Report of the Indian Hemp Drugs Commission, 1894-1895 - Volume V
Year: 1894
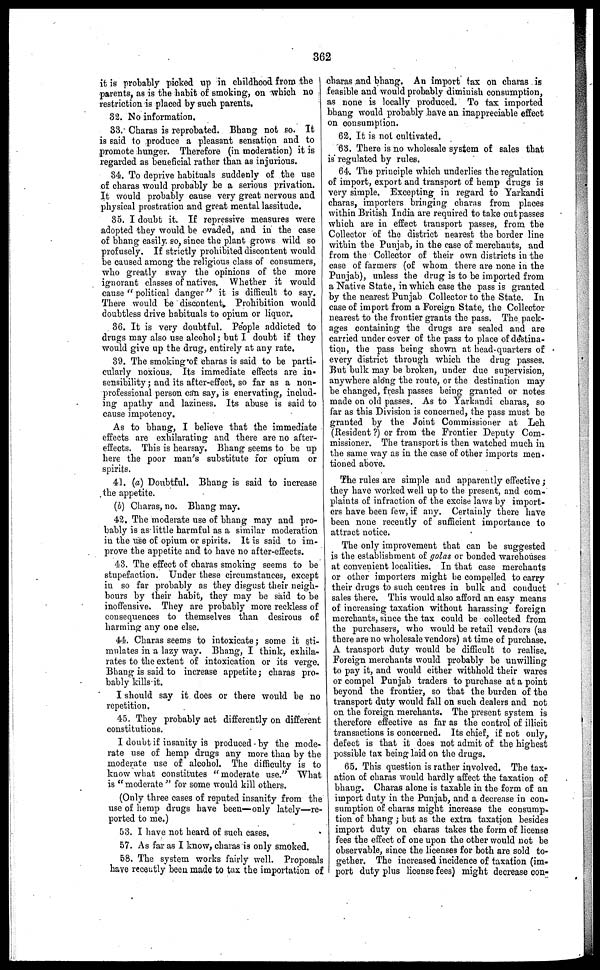
362
it is probably picked up in childhood from the I
parents, as is the habit of smoking, on which no
restriction is placed by such parents.
32. No information.
33. Charas is reprobated. Bhang not so. It
is said to produce a pleasant sensation and to
promote hunger. Therefore (in moderation) it is
regarded as beneficial rather than as injurious.
34. To deprive habituals suddenly of the use
of charas would probably be a serious privation.
It would probably cause very great nervous and
physical prostration and great mental lassitude.
35. I doubt it. If repressive measures were
adopted they would be evaded, and in the case
of bhang easily so, since the plant grows wild so
profusely. If strictly prohibited discontent would
be caused among the religious class of consumers,
who greatly sway the opinions of the more
ignorant classes of natives. Whether it would
cause "political danger" it is difficult to say.
There would be discontent. Prohibition would
doubtless drive habituals to opium or liquor.
36. It is very doubtful. People addicted to
drugs may also use alcohol ; but I doubt if they
would give up the drug, entirely at any rate.
39. The smoking of charas is said to be parti-
cularly noxious. Its immediate effects are in-
sensibility ; and its after-effect, so far as a non-
professional person can say, is enervating, includ-
ing apathy and laziness. Its abuse is said to
cause impotency.
As to bhang, I believe that the immediate
effects are exhilarating and there are no after-
effects. This is hearsay. Bhang seems to be up
here the poor man's substitute for opium or
spirits.
41. (a) Doubtful. Bhang is said to increase
the appetite.
(b) Charas, no. Bhang may.
42 . The moderate use of bhang may and pro-
bably is as little harmful as a similar moderation
in the use of opium or spirits. It is said to im-
prove the appetite and to have no after-effects.
43. The effect of charas smoking seems to be
stupefaction. Under these circumstances, except
in so far probably as they disgust their neigh-
bours by their habit, they may be said to be
inoffensive. They are probably more reckless of
consequences to themselves than desirous of
harming any one else.
44. Charas seems to intoxicate ; some it sti-
mulates in a lazy way. Bhang, I think, exhila-
rates to the extent of intoxication or its verge.
Bhang is said to increase appetite ; charas pro-
bably kills it.
I should say it does or there would be no
repetition.
45. They probably act differently on different
constitutions.
I doubt if insanity is produced by the mode-
rate use of hemp drugs any more than by the
moderate use of alcohol. The difficulty is to
know what constitutes "moderate use." What
is "moderate" for some would kill others.
(Only three cases of reputed insanity from the
use of hemp drugs have been—only lately—re-
ported to me.)
53. I have not heard of such cases.
57. As far as I know, charas is only smoked.
58. The system works fairly well. Proposals
have recently been made to tax the importation of
charas and bhang. An import tax on charas is
feasible and would probably diminish consumption,
as none is locally produced. To tax imported
bhang would probably have an inappreciable effect
on consumption.
62. It is not cultivated.
63. There is no wholesale system of sales that
is* regulated by rules.
64. The principle which underlies the regulation
of import, export and transport of hemp drugs is
very simple. Excepting in regard to Yarkandi
charas, importers bringing charas from places
within British India are required to take out passes
which are in effect transport passes, from the
Collector of the district nearest the border line
within the Punjab, in the case of merchants, and
from the Collector of their own districts in the
case of farmers (of whom there are none in the
Punjab), unless the drug is to be imported from
a Native State, in which case the pass is granted
by the nearest Punjab Collector to the State. In
case of import from a Foreign State, the Collector
nearest to the frontier grants the pass. The pack-
ages containing the drugs are sealed and are
carried under cover of the pass to place of destina-
tion, the pass being shown at head-quarters of
every district through which the drug passes.
But bulk may be broken, under due supervision,
anywhere along the route, or the destination may
be changed, fresh passes being granted or notes
made on old passes. As to Yarkandi charas, so
far as this Division is concerned, the pass must be
granted by the Joint Commissioner at Leh
(Resident ?) or from the Frontier Deputy Com-
missioner. The transport is then watched much in
the same way as in the case of other imports men-
tioned above.
The rules are simple and apparently effective ;
they have worked well up to the present, and com-
plaints of infraction of the excise laws by import-
ers have been few, if any. Certainly there have
been none recently of sufficient importance to
attract notice.
The only improvement that can be suggested
is the establishment of golas or bonded warehouses
at convenient localities. In that case merchants
or other importers might be compelled to carry
their drugs to such centres in bulk and conduct
sales there. This would also afford an easy means
of increasing taxation without harassing foreign
merchants, since the tax could be collected from
the purchasers, who would be retail vendors (as
there are no wholesale vendors) at time of purchase.
A transport duty would be difficult to realise.
Foreign merchants would probably be unwilling
to pay it, and would either withhold their wares
or compel Punjab traders to purchase at a point
beyond the frontier, so that the burden of the
transport duty would fall on such dealers and not
on the foreign merchants. The present system is
therefore effective as far as the control of illicit
transactions is concerned. Its chief, if not only,
defect is that it does not admit of the highest
possible tax being laid on the drugs.
65. This question is rather involved. The tax-
ation of charas would hardly affect the taxation of
bhang. Charas alone is taxable in the form of an
import duty in the Punjab, and a decrease in con-
sumption of charas might increase the consump-
tion of bhang ; but as the extra taxation besides
import duty on charas takes the form of license
fees the effect of one upon the other would not be
observable, since the licenses for both are sold to-
gether. The increased incidence of taxation (im-
port duty plus license fees) might decrease con-